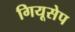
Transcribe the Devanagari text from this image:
गियूसेप